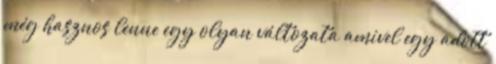
még hasznos lenne egy olyan változata amivel egy adott